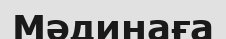
Мәдинаға